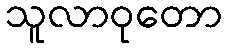
သူလာဝုတော